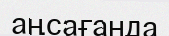
аңсағанда